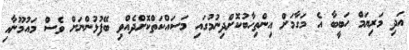
އަދި މަރިޔަމް ހަބީބާ އެ މަގާމަށް އިންތިހާބުކޮށްދިނުމުގައި މަސައްކަތްކޮށްދެއްވި ބޭފުޅުންނަށް ވެސް މައުމޫނާއި